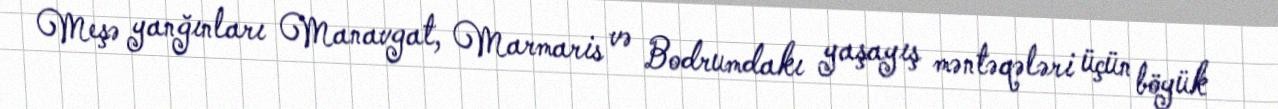
Meşə yanğınları Manavgat, Marmaris və Bodrumdakı yaşayış məntəqələri üçün böyük